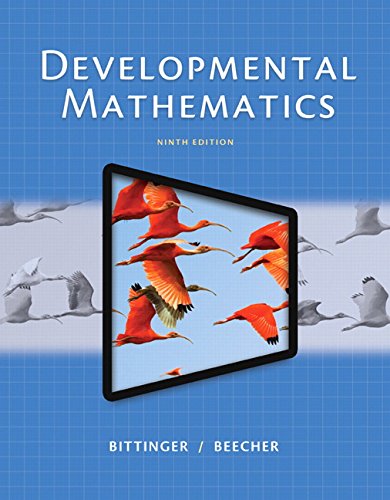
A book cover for Developmental Mathematics (9th Edition); Marvin L. Bittinger; Science & Math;